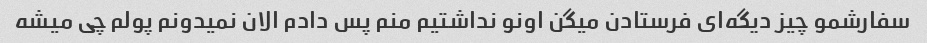
سفارشمو چیز دیگه‌ای فرستادن میگن اونو نداشتیم منم پس دادم الان نمیدونم پولم چی میشه